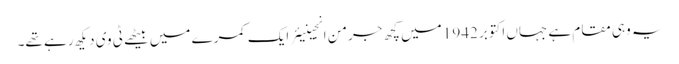
یہ وہی مقام ہے جہاں اکتوبر 1942 میں کچھ جرمن انجینیئر ایک کمرے میں بیٹھے ٹی وی دیکھ رہے تھے۔